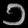
Digit: ၁